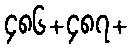
၄၈၆+၄၈၇+